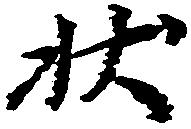
状